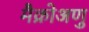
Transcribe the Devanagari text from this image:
मैक्रोअणु